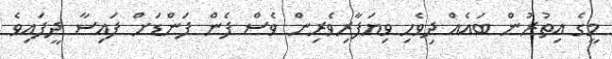
މީގެ އިތުރުން ބައެއް ދިވެހި ވިޔަފާރިވެރިން ވެސް ފެން ފަންޑަށް ފައިސާ ދީފައިވެ